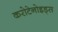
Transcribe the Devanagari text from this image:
करोटेनोइड्स